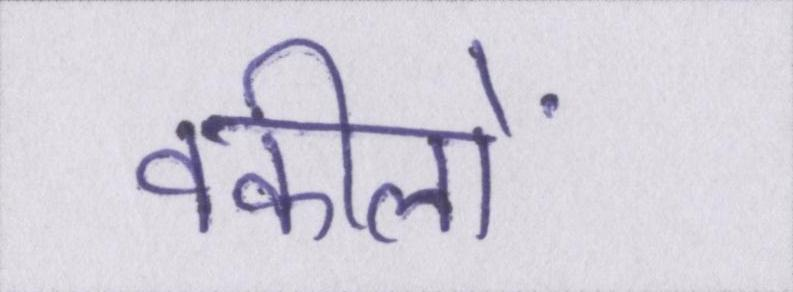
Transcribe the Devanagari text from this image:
वकीलों